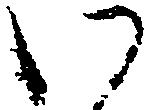
い